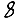
Digit: 8